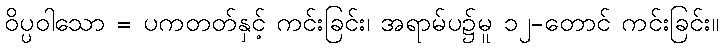
ဝိပ္ပဝါသော = ပကတတ်နှင့် ကင်းခြင်း၊ အရာမ်ပ၌မူ ၁၂-တောင် ကင်းခြင်း။